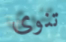
تنوى